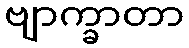
ဗျာက္ခာတာ